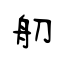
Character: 舠